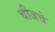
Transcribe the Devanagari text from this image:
चीजचे